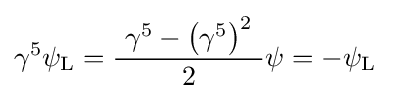
\gamma ^{5}\psi _{\mathrm {L} }={\frac {\ \gamma ^{5}-\left(\gamma ^{5}\right)^{2}\ }{2}}\psi =-\psi _{\mathrm {L} }\